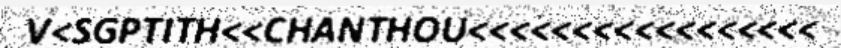
V<SGPTITH<<CHANTHOU<<<<<<<<<<<<<<<<<